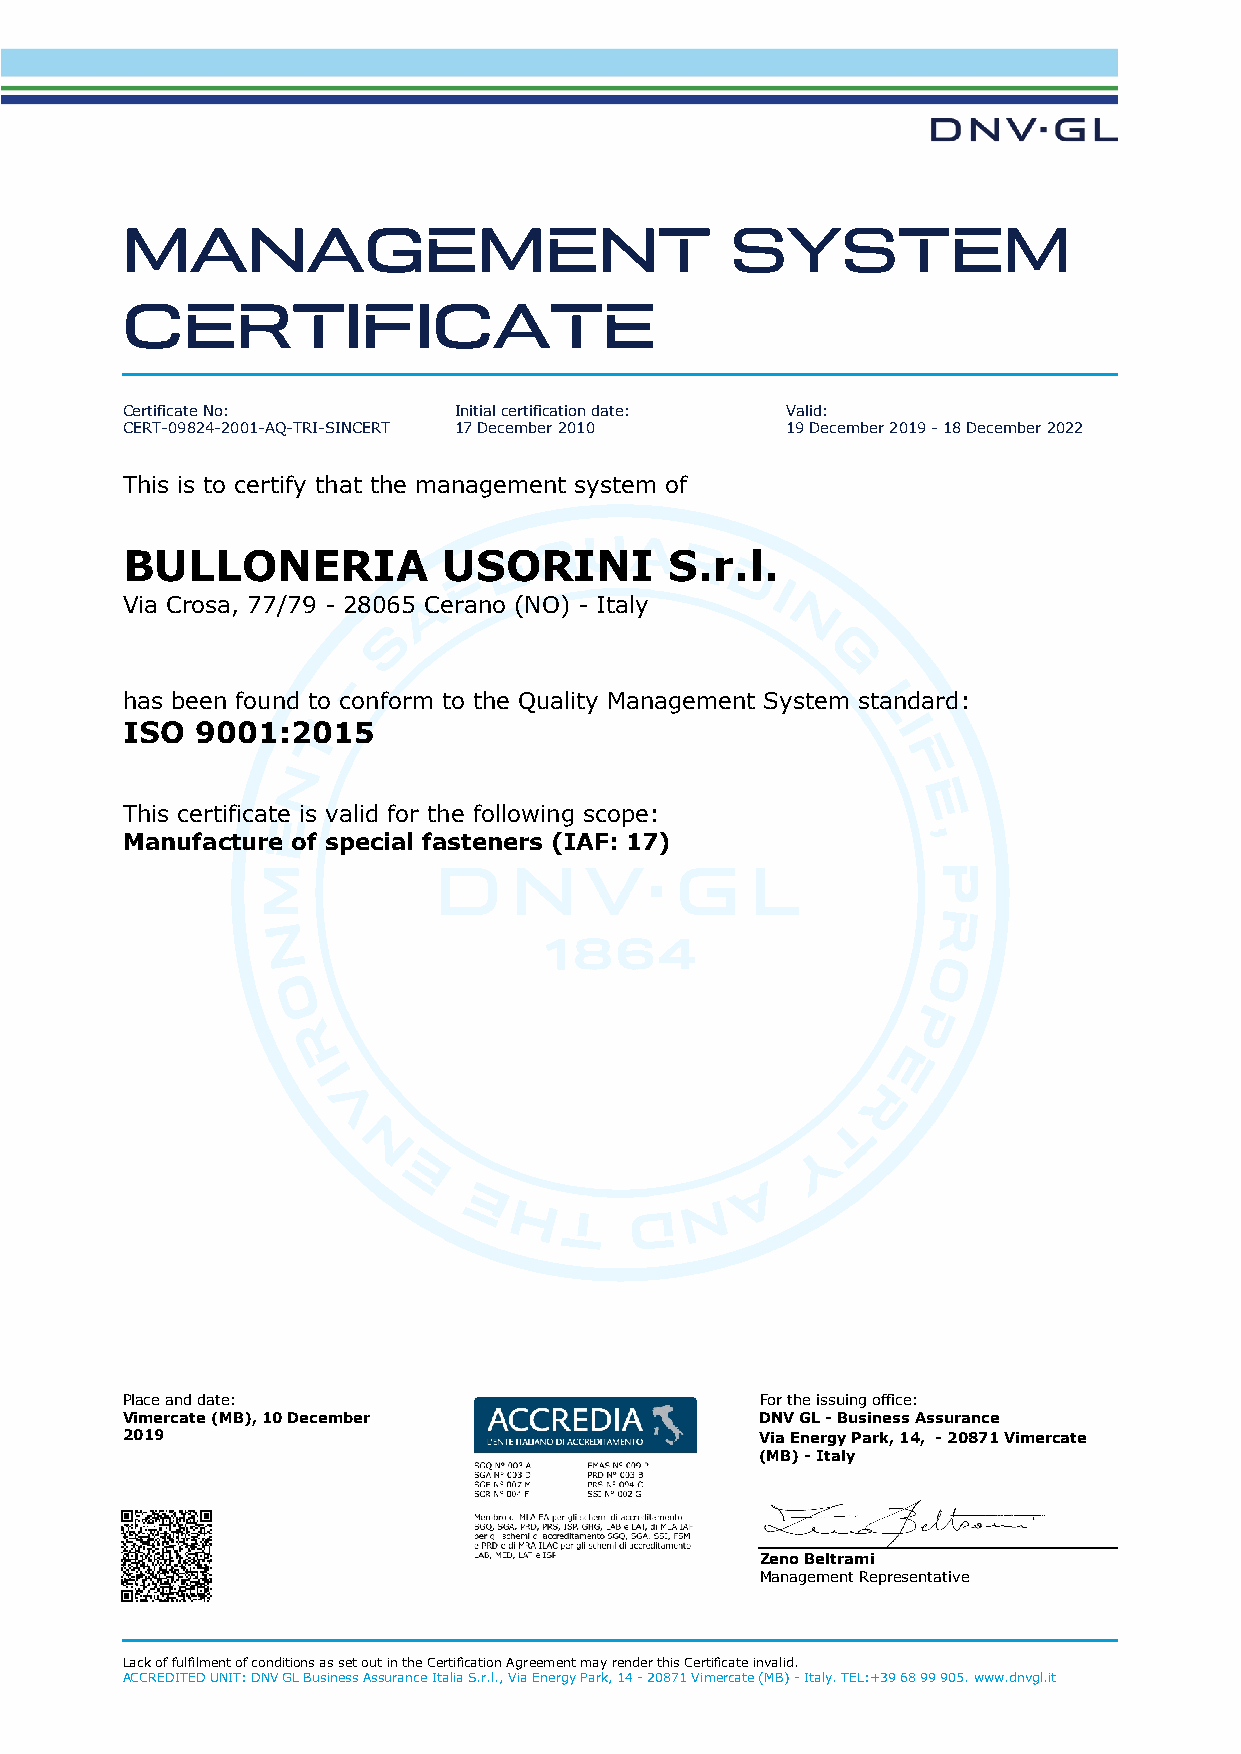
MANAGEMENT                              SYSTEM
 CERTIFICATE
 Certificate No:       Initial certification date: Valid:
 CERT-09824-2001-AQ-TRI-SINCERT 17 December 2010 19 December 2019 - 18 December 2022
 This is to certify that the management system of
 BULLONERIA           USORINI        S.r.l.
 Via Crosa, 77/79 - 28065 Cerano (NO) - Italy
 has been found to conform to the Quality Management System standard:
 ISO  9001:2015
 This certificate is valid for the following scope:
 Manufacture of special fasteners (IAF: 17)
 Place and date:                           For the issuing office:
 Vimercate (MB), 10 December               DNV GL - Business Assurance
 2019                                      Via Energy Park, 14, - 20871 Vimercate
 (MB) - Italy
 Zeno Beltrami
 Management Representative
 Lack of fulfilment of conditions as set out in the Certification Agreement may render this Certificate invalid.
 ACCREDITED UNIT: DNV GL Business Assurance Italia S.r.l., Via Energy Park, 14 - 20871 Vimercate (MB) - Italy. TEL:+39 68 99 905. www.dnvgl.it